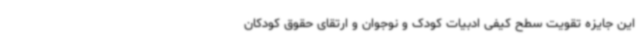
این جایزه تقویت سطح کیفی ادبیات کودک و نوجوان و ارتقای حقوق کودکان